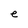
Character: e